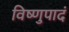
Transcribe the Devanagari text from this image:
विष्णुपादं